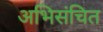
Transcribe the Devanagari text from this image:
अभिसंचित